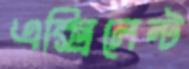
এক্সিলেন্ট